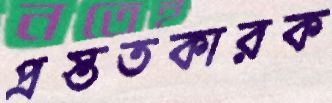
প্রস্ততকারক